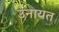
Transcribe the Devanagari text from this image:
उनायत